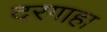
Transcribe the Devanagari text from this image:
दरगाहा